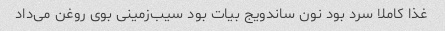
غذا کاملا سرد بود نون ساندویج بیات بود سیب‌زمینی بوی روغن می‌داد